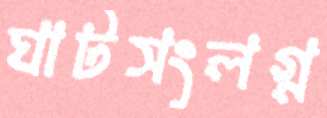
ঘাটসংলগ্ন